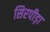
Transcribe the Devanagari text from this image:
सिरपीड़ा